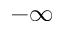
- \infty